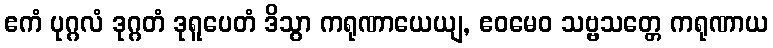
ဧကံ ပုဂ္ဂလံ ဒုဂ္ဂတံ ဒုရူပေတံ ဒိသွာ ကရုဏာယေယျ, ဧဝမေဝ သဗ္ဗသတ္တေ ကရုဏာယ